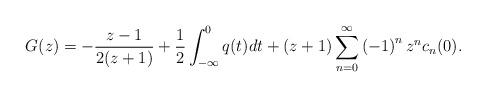
LaTeX: \begin{align*}G(z)=-\frac{z-1}{2(z+1)}+\frac{1}{2}\int_{-\infty}^{0}q(t)dt+(z+1)\sum_{n=0}^{\infty}\left( -1\right) ^{n}z^{n}c_{n}(0). \end{align*}